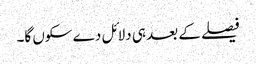
فیصلے کے بعد ہی دلائل دے سکوں گا۔